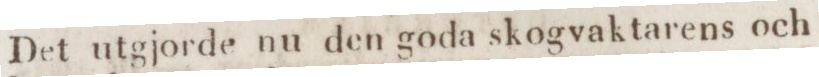
Det utgjorde nu den goda skogvaktarens och